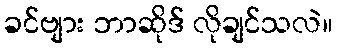
ခင်ဗျား ဘာဆိုဒ် လိုချင်သလဲ။